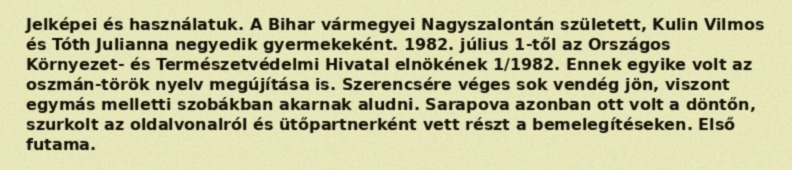
Jelképei és használatuk. A Bihar vármegyei Nagyszalontán született, Kulin Vilmos és Tóth Julianna negyedik gyermekeként. 1982. július 1-től az Országos Környezet- és Természetvédelmi Hivatal elnökének 1/1982. Ennek egyike volt az oszmán-török nyelv megújítása is. Szerencsére véges sok vendég jön, viszont egymás melletti szobákban akarnak aludni. Sarapova azonban ott volt a döntőn, szurkolt az oldalvonalról és ütőpartnerként vett részt a bemelegítéseken. Első futama.